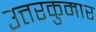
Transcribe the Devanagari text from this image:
उत्तरकुमार